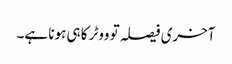
آخری فیصلہ تو ووٹر کا ہی ہونا ہے۔